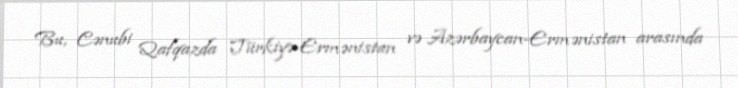
Bu, Cənubi Qafqazda Türkiyə-Ermənistan və Azərbaycan-Ermənistan arasında